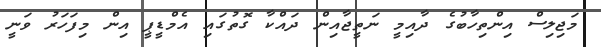
މަަޖިލިސް އިންތިހާބުގެ ދާއިމީ ނަތީޖާއިން ދައްކާ ގޮތުގައި އެމްޑީޕީ އިން މިފަހަރު ވަނީ